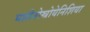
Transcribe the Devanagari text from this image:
मशीनोस्त्रोयेनिशिया